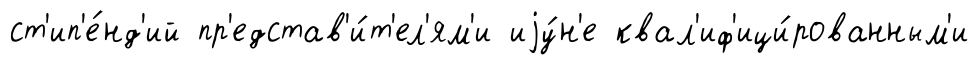
ст'ип'е́нд'ий пр'едстав'и́т'ел'ям'и иjу́н'е квал'иф'ици́рованным'и